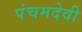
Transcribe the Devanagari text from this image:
पंचमदेवी